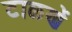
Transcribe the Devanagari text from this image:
टाळणें